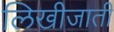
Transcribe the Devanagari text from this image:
लिखीजाती